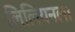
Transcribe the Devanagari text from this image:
लिलियनला